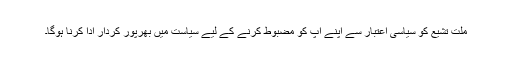
ملت تشیع کو سیاسی اعتبار سے اپنے آپ کو مضبوط کرنے کے لیے سیاست میں بھرپور کردار ادا کرنا ہوگا۔